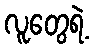
လူတွေရဲ့